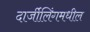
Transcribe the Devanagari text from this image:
दार्जीलिंगमधील